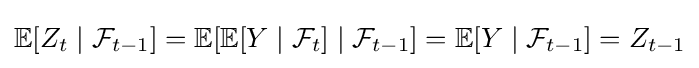
\mathbb {E} [Z_{t}\mid {\mathcal {F}}_{t-1}]=\mathbb {E} [\mathbb {E} [Y\mid {\mathcal {F}}_{t}]\mid {\mathcal {F}}_{t-1}]=\mathbb {E} [Y\mid {\mathcal {F}}_{t-1}]=Z_{t-1}